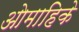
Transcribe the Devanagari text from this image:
ओमाहिके